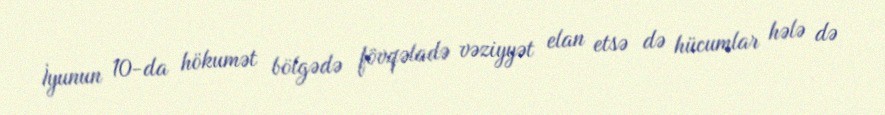
İyunun 10-da hökumət bölgədə fövqəladə vəziyyət elan etsə də hücumlar hələ də